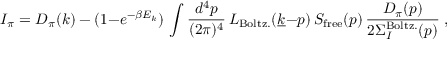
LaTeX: I _ { \pi } = D _ { \pi } ( k ) - ( 1 { - } e ^ { - \beta E _ { k } } ) \, \int { \frac { d ^ { 4 } p } { ( 2 \pi ) ^ { 4 } } } \, L _ { \mathrm { B o l t z . } } ( \underline { { { k } } } { - } p ) \, S _ { \mathrm { f r e e } } ( p ) \, { \frac { D _ { \pi } ( p ) } { 2 \Sigma _ { I } ^ { \mathrm { B o l t z . } } ( p ) } } \; ,